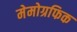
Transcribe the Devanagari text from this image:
मेमोग्रफिक